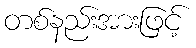
တစ်နည်းအားဖြင့်